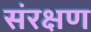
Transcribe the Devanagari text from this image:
संरक्षण